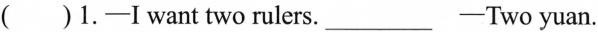
( )1.-I want two rulers.___-Two yuan.